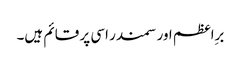
برِاعظم اور سمندر اسی پر قائم ہیں۔